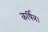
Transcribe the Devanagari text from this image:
कर्षित्र।